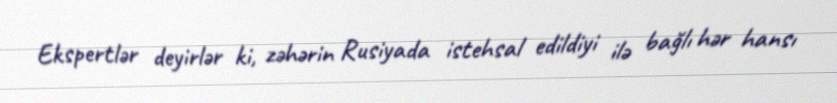
Ekspertlər deyirlər ki, zəhərin Rusiyada istehsal edildiyi ilə bağlı hər hansı